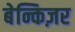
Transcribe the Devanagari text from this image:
बेन्किज़र